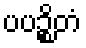
ပပဉ္စိတံ